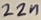
Text: 22n